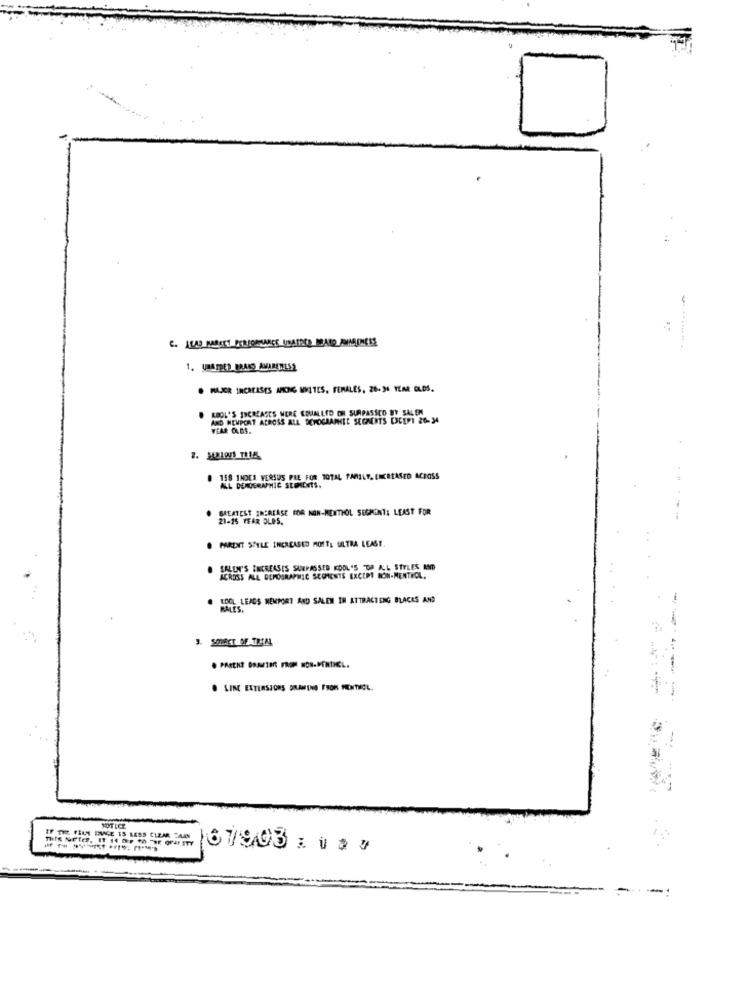
1. UNAIRED BRAND AWARENESS
· MAJER INCREASES AMONG MITES, FEMALES, 28-34 YEAR OLDS.
KOOL'S INCREASES MERE EQUALLED DR SURPASSCO BY SALEN
AND HEMPORT ACROSS ALL DEMOGRAPHIC SERNACHTS DICEPT 26-34
YEAR OLDS.
# 158 1NOCH VERSUS PRE FOR TOTAL FAMILY, INCREASED ACROSS
ALL DEMOGRAPHIC STOMENTS.
GREATEST INCREASE FOR NON-MENTHOL SEGHINT: LEAST FOR
21-15 YEAR OLDS.
PARENT STYLE INCREASED MOST; ULTRA LEAST.
SALLY'S EINCREASES SURPASSED KOOL 'S DE ALL STYLES AND
SS ALL DEMOGRAPHIC SCOMENTS EXCEPT HON-MENTHOL.
# LOOL LEADS NEMPORT AND SALEN IN ATTRACTING BLACKS AND
BALES.
---
3. SOMACT OF TRIAL
. LINE EXTERSJORS DIAMINO FROM MENTHOL.
NOTICE
IF THE FILM INGE 15 LESS CLEAR PAAN
67903 :. . .